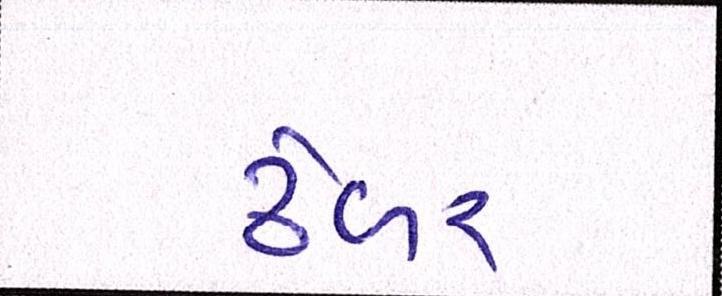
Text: ઢેબર